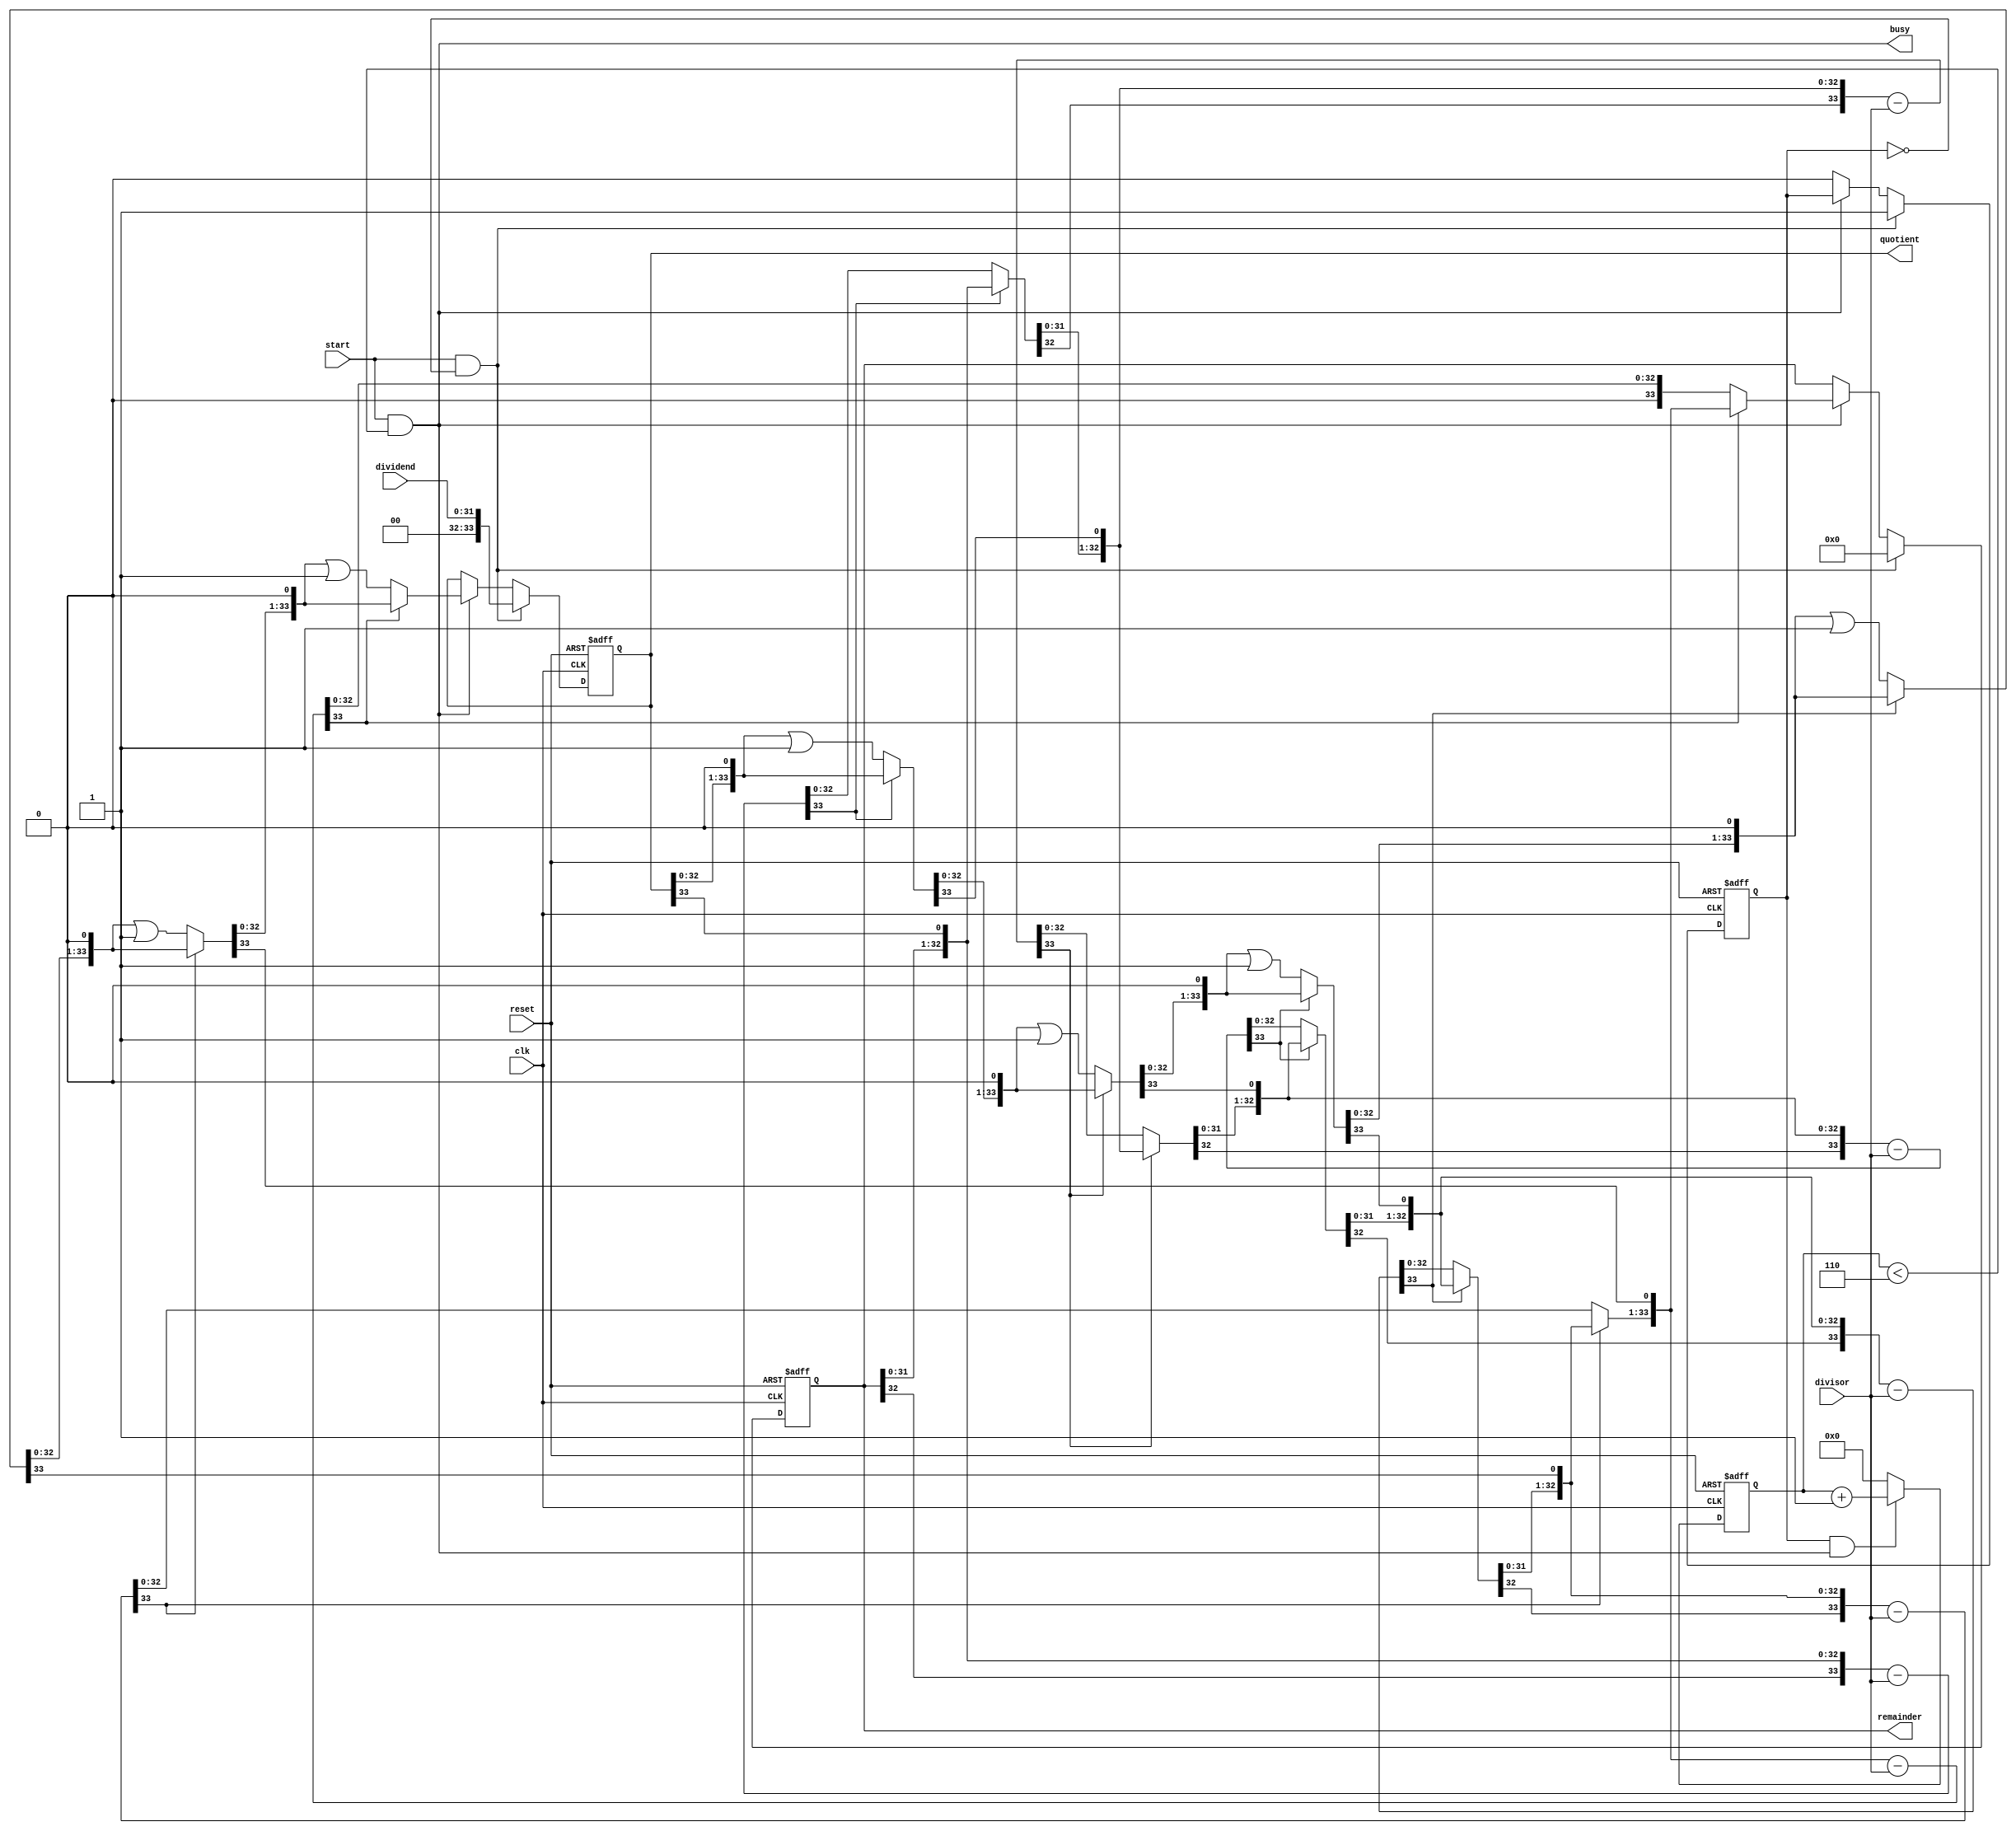
// Company           :   tud                      
//                    			
// Project Name      :   prz    
// Subproject Name   :   main    
// Description       :   <short description>            
//
// Last Change       :   $Date: 2021-01-03 11:36:29 +0100 (Sun, 03 Jan 2021) $
// by                :   $Author: vepr19 $                  			
//------------------------------------------------------------
`timescale 1ns/10ps
module new_div #(parameter N=32)(clk, reset, dividend, divisor, quotient, remainder,start,busy);
	input clk, reset;
	input [N-1:0] dividend, divisor;
	input start;
	output busy;

	output reg [N+1:0] quotient, remainder;
	reg [N+1:0] p, a;
	reg [N+1:0] result_one;
	reg [3:0] count;
	reg  cnt_start;
	integer i ;

	always @(posedge clk, negedge reset)
	begin
		if( !reset )
		begin
			quotient <= {N+2{1'b0}};
			remainder <= {N+2{1'b0}};
			cnt_start<= 1'b0;
		end
		else if(start && !cnt_start) begin
			quotient <= {2'b00,dividend};
			remainder <= {N+2{1'b0}};
			cnt_start<= 1'b1;
		end	
		 else if(!busy)begin
		 cnt_start<= 1'b0;
		 end
		else	
		begin
			quotient <= a;
			remainder <= p;
			
		end
		
	end

	always @(posedge clk, negedge reset)
	begin
		if( !reset )
		begin
			count <= 4'd0;
		end
		else if(cnt_start && busy) begin
			count<=count+4'd1;
		end	
		else	
		begin
			count<=4'd0;
			
		end
		
	end


	assign busy = start && (count < 4'd6);

		
	


always @( * )
	begin
		a = quotient;
		p = remainder;

		for(i = 0; i < 6; i = i+1)
		begin
			//Shift Left carrying a's MSB into p's LSB


			
			p =  {p[N:0],a[N+1]};
			a = {a[N:0],1'b0};

			//store value in case we have to restore
			result_one = p;

			//Subtract
			p = p - {2'b00,divisor};

			if( p[N+1] ) // if p < 0
				p = result_one; //restore value
			else
				a = a | {{(N+1){1'b0}},1'b1};
		end	
	end
	
		
endmodule